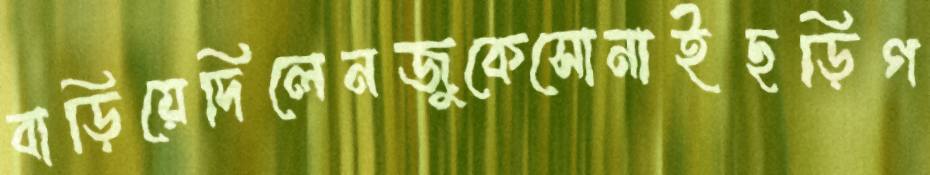
বাড়িয়েদিলেনজুকেসোনাইছড়িগ